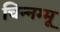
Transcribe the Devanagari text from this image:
चिन्‍नम्‍मू